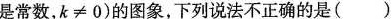
是常数，k≠0)的图象，下列说法不正确的是( )